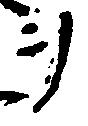
ヲ